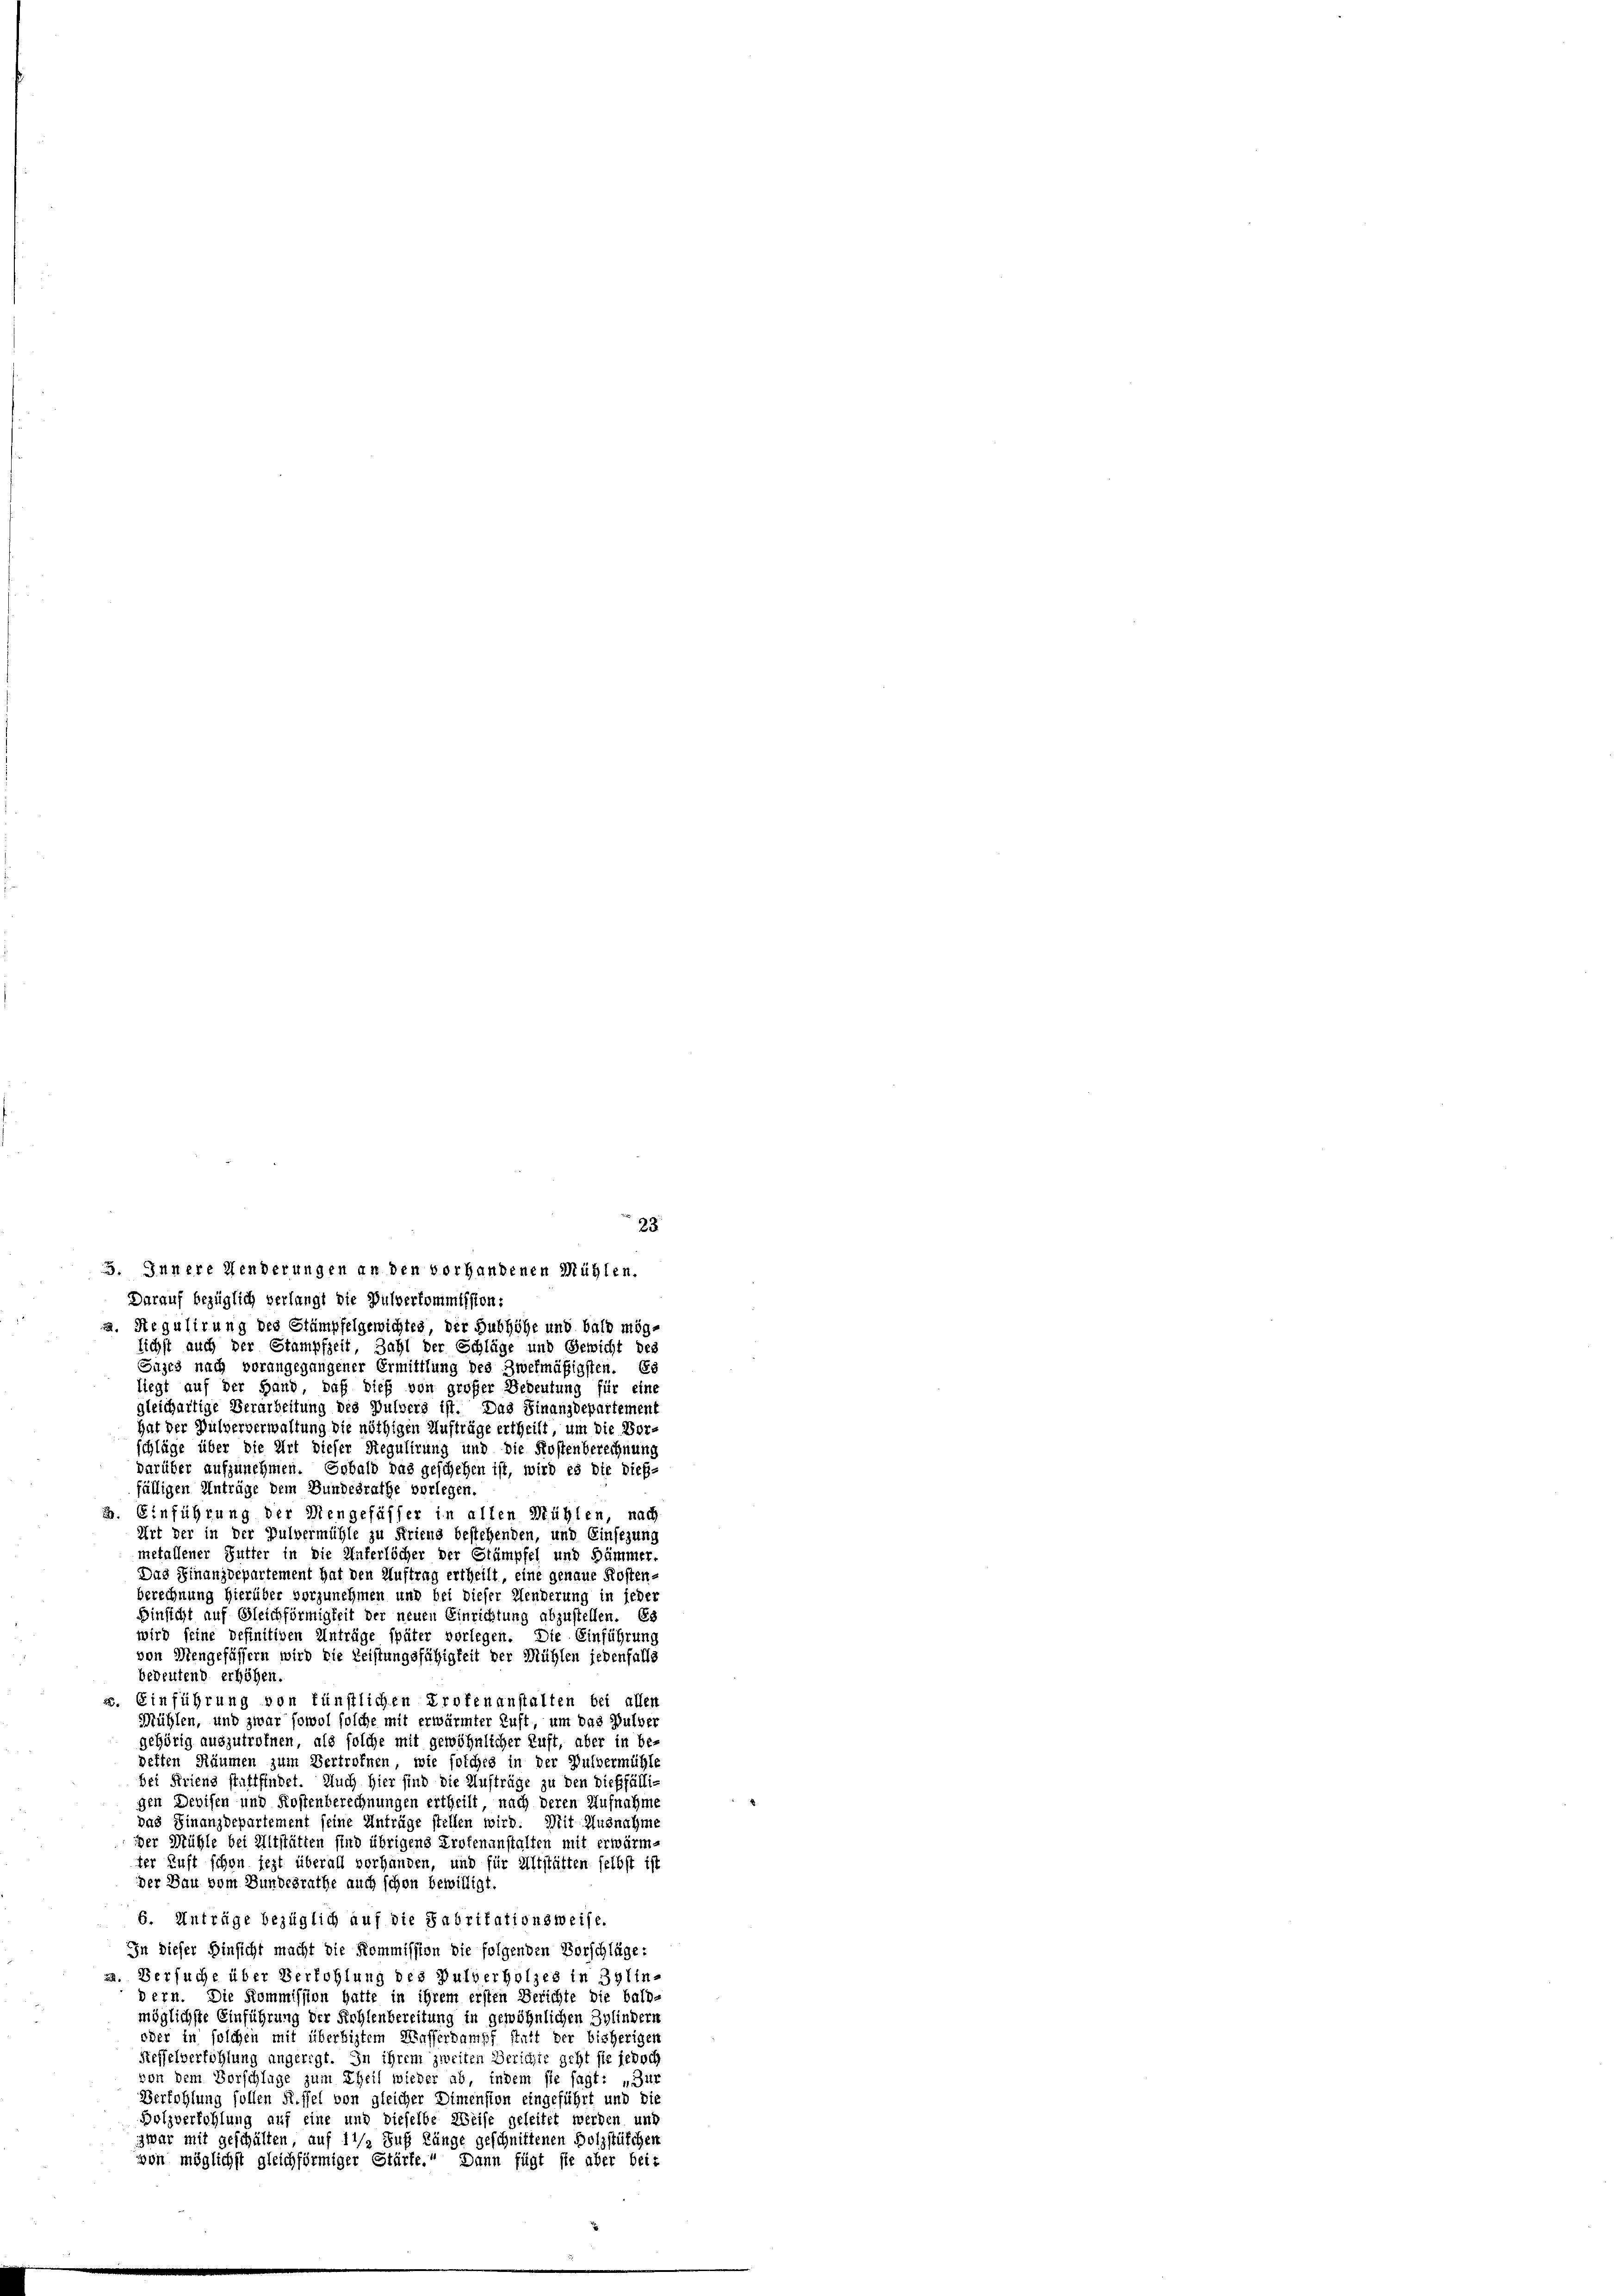
Darauf bezüglich verlangt die Pulverkommission:
a. Regulirung des Stämpfelgewichtes, der Subhöhe und bald mög-
lichst auch der Stampfzeit Zahl der Schläge und Gewicht des
Suses nach vorangegangener Ermittlung des Zwekmäßigsten. Es
liegt auf der Hand, daß dieß von großer Bedeutung für eine
gleichartige Verarbeitung des Pulvers ist. Das Finanzdepartement
hat der Pulververwaltung die nöthigen Aufträge ertheilt, um die Vor-
schläge über die Art dieser Regulirung und die Kostenberechnung
darüber aufzunehmen. Sobald das geschehen ist, wird es die dieß-
fälligen Anträge dem Bundesrathe vorlegen.
i. Einführung der Mengefässer in allen Mühlen, nach
Art der in der Pulvermühle zu Friens bestehenden, und Einsezung
mefallener Futter in die Unterlöcher der Stämpfel und Sämmer
Das Finanzdepartement hat den Auftrag ertheilt, eine genaue Kosten-
berechnung hierüber vorzunehmen und bei dieser Wenderung in jede
Hinsicht auf Gleichförmigkeit der neuen Einrichtung abzustellen. Es
wird seine definitiven Anträge später vorlegen. Die Einführung
von Mengefässern wird die Leistungsfähigkeit der Mühlen jedenfalls
bedeutend erhöhen.
s. Einführung von künstlichen Profenanstalten bei allen
Mühlen, und zwar sowol solche mit erwärmter Luft, um das Pulver
gehörig auszutretten, als solche mit gewöhnlicher Luft, aber in be-
deften Räumen zum Vertrofnen, wie folches in der Pulvermühle
bei Kriens stattfindet. Auch hier sind die Aufträge zu den dießfälligen Devisen und Kostenberechnungen ertheilt, nach deren Aufnahme
das Finanzdepartement seine Anträge stellen wird. Mit Ausnahme
der Mühle bei Altstätten sind übrigens Profenanstalten mit erwärme
ter Luft schon jezt überall vorhanden, und für Altstätten selbst ist
der Bau vom Bundesrathe auch schon bewilligt.
6. Anträge bezüglich auf die Fabritationsweise.
In dieser Hinsicht macht die Kommission die folgenden Vorschläge:
a. Versuche über Verhohlung des Pulverholzes in Bylin-
dern. Die Kommission hatte in ihrem ersten Berichte die bald-
möglichste Einführung der Rehlenbereitung in gewöhnlichen Bylindern
oder in solchen mit überlistem Masserdampf statt der bisherigen
Siehselverföhlung angeregt. In ihrem zweiten Gerichte geht sie jedoch
von dem Vorschlage zum Theil wieder ab, indem sie sagt: „Zur
Verfohlung sollen Rissel von gleicher Dimension eingeführt und die
Bolzverhohlung auf eine und dieselbe Weise geleitet werden und
zwar mit geschäften, auf 1 1/2 Fuß Länge geschnittenen Holzstüfchen
von möglichst gleichförmiger Stärke.“ Dann fügt sie aber bei-

5. Innere Menderungen an den vorhandenen Mühlen.

23